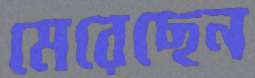
মেরেছেন